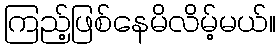
ကြည့်ဖြစ်နေမိလိမ့်မယ်။